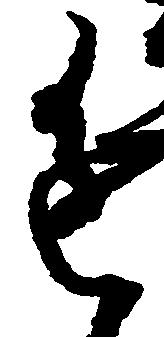
進